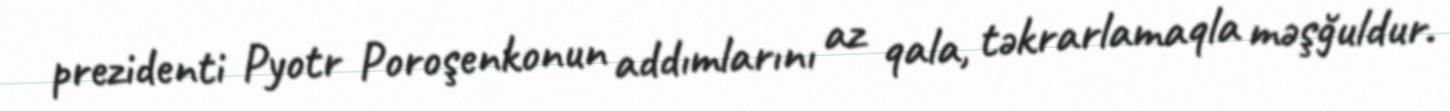
prezidenti Pyotr Poroşenkonun addımlarını az qala, təkrarlamaqla məşğuldur.